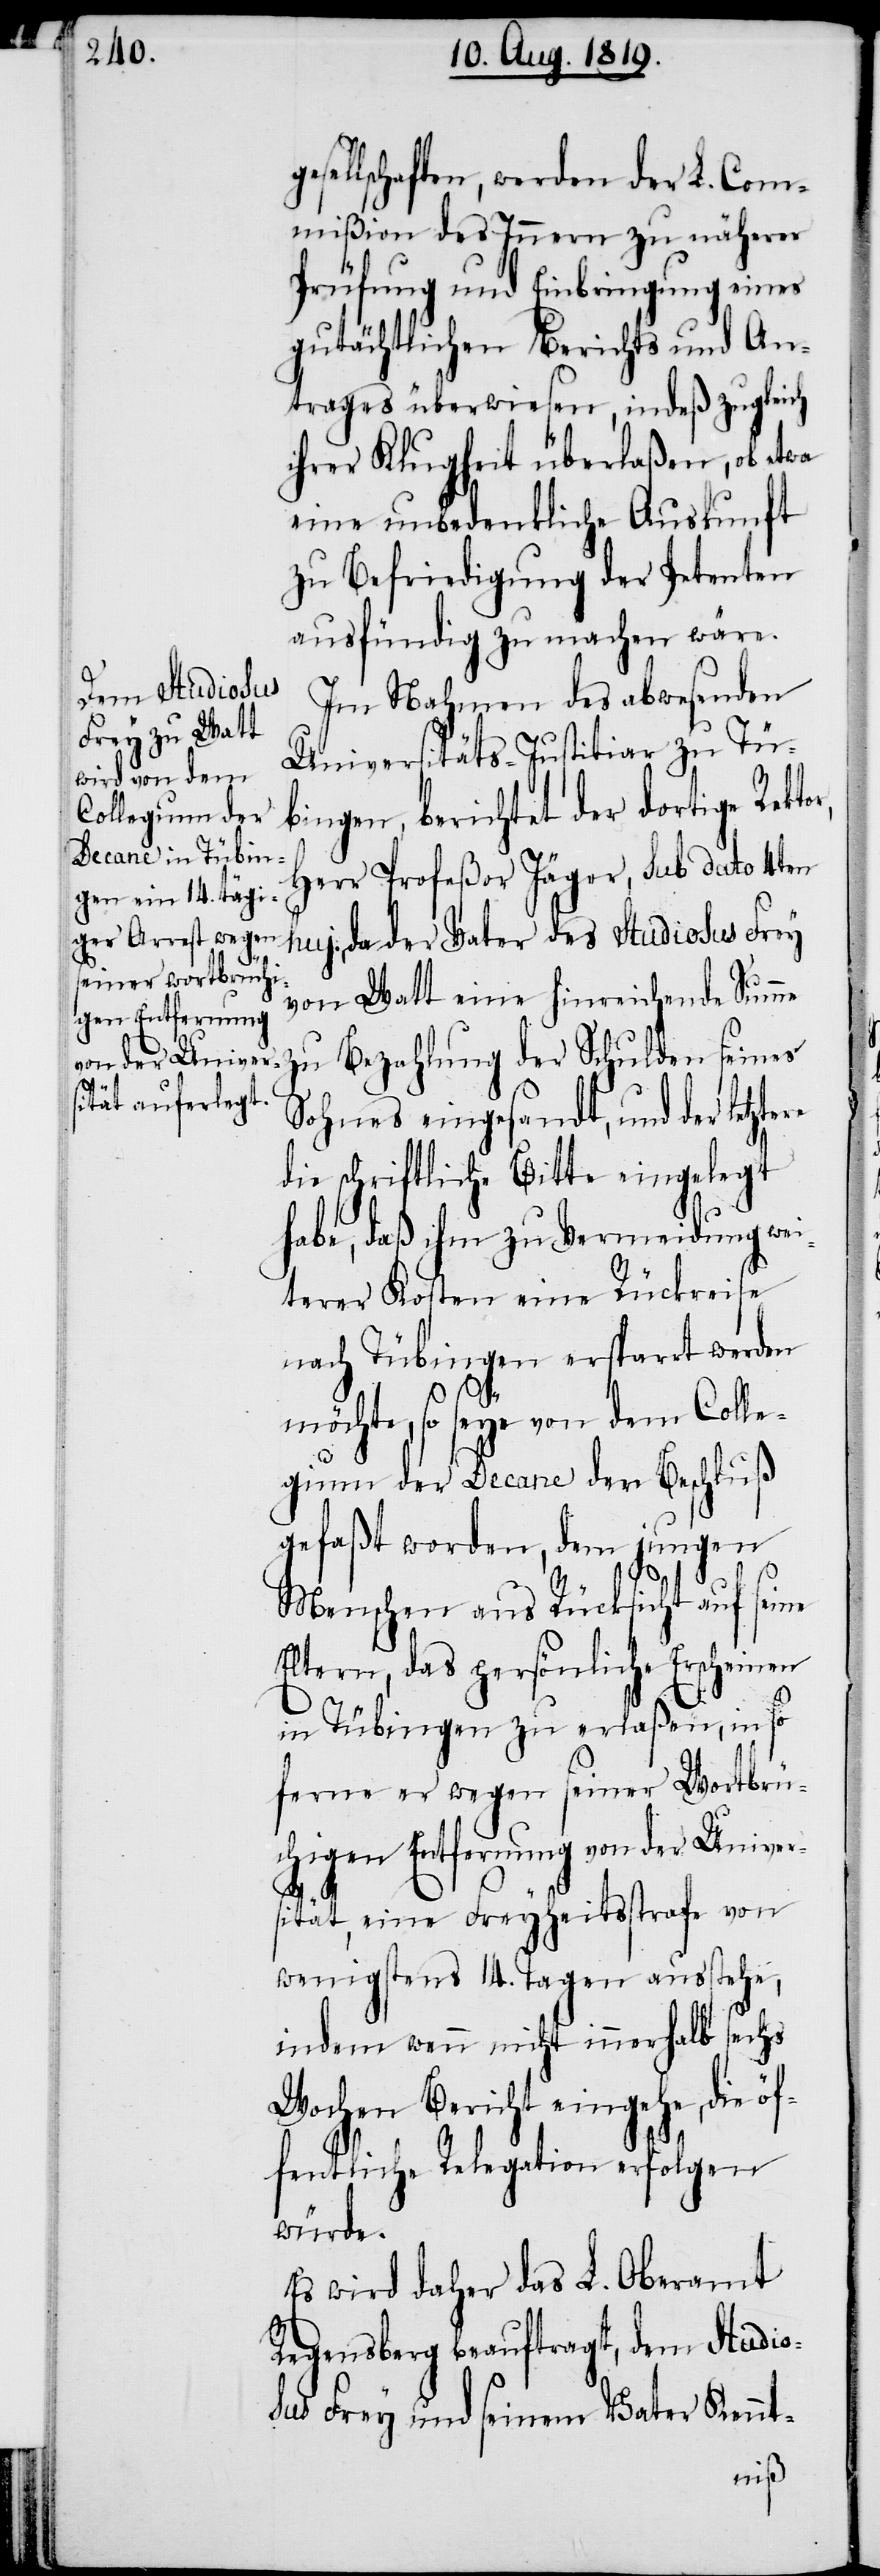
ge¬

sellschaften, werden der L. Com¬
mißion des Innern zu näherer
Prüfung und Einbringung eines
gutächtlichen Berichts und An¬
trages überwiesen, indeß zugleich
ihrer Klugheit überlaßen, ob etwa
eine unbedenkliche Auskunft
zu Befriedigung der Petenten
ausfündig zu machen wäre.
Im Nahmen des abwesenden
Universitäts-Justitiar zu Tü¬
bingen, berichtet der dortige
Herr Profeßor Jäger, sub dato 4ten
da der Vater des Studiosus Frey
von Watt eine hinreichende Summe
zu Bezahlung der Schulden seines
Sohnes eingesandt, und der
die schriftliche Bitte eingelegt
habe, daß ihm zu Vermeidung wei¬
terer Kosten eine Rückreise
nach Tübingen ersparrt werden
möchte, so seye von dem Colle¬
gium der Decane der Beschluß
gefaßt worden, dem jungen
Menschen aus Rücksicht auf seine
Eltern, das persönliche Erscheinen
in Tübginen zu erlaßen, in so
ferne er wegen seiner Wortbrü¬
chigen Entfernung von der Univer¬
sität, eine Freyheitsstrafe von
wenigstens 14. Tagen ausstehe,
indem wenn nicht innerhalb sechs
Wochen Bericht eingehe, die ö¬
ffentliche Relegation erfolgen
würde.
Es wird daher das L. Oberamt
Regensberg beauftragt, dem Studios¬
us Frey und seinem Vater Kennt-